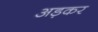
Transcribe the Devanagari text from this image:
अड़कर